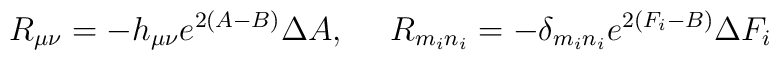
R_{\mu\nu}=-h_{\mu\nu}e^{2(A-B)}\Delta  A,~~~~ R_{m_{i}n_{i}}=-\delta_{m_{i}n_{i}}e^{2(F_{i}-B)}\Delta  F_{i}